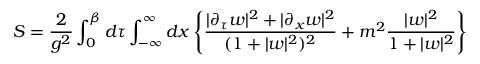
S = { \frac { 2 } { g ^ { 2 } } } \int _ { 0 } ^ { \beta } d \tau \int _ { - \infty } ^ { \infty } d x \left\{ { \frac { \vert \partial _ { \tau } w \vert ^ { 2 } + \vert \partial _ { x } w \vert ^ { 2 } } { ( 1 + \vert w \vert ^ { 2 } ) ^ { 2 } } } + m ^ { 2 } { \frac { \vert w \vert ^ { 2 } } { 1 + \vert w \vert ^ { 2 } } } \right\}